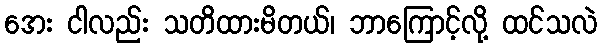
အေး ငါလည်း သတိထားမိတယ်၊ ဘာကြောင့်လို့ ထင်သလဲ